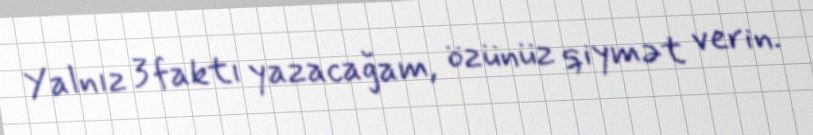
Yalnız 3 faktı yazacağam, özünüz qiymət verin.